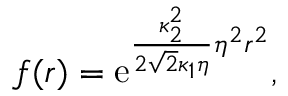
f ( r ) = \mathrm { e } ^ { \frac { \kappa _ { 2 } ^ { 2 } } { 2 \sqrt { 2 } \kappa _ { 1 } \eta } \eta ^ { 2 } r ^ { 2 } } ,